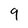
Character: 9